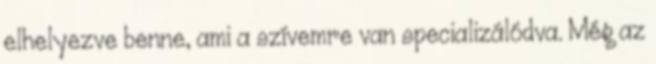
elhelyezve benne, ami a szívemre van specializálódva. Még az